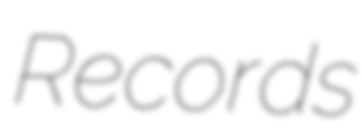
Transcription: Records